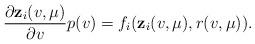
LaTeX: \begin{align*}\frac{\partial {\bf z}_i(v, \mu)}{\partial v}p(v)=f_i({\bf z}_i(v, \mu), r(v, \mu)).\end{align*}